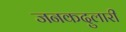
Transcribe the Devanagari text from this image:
जनकदुलारी